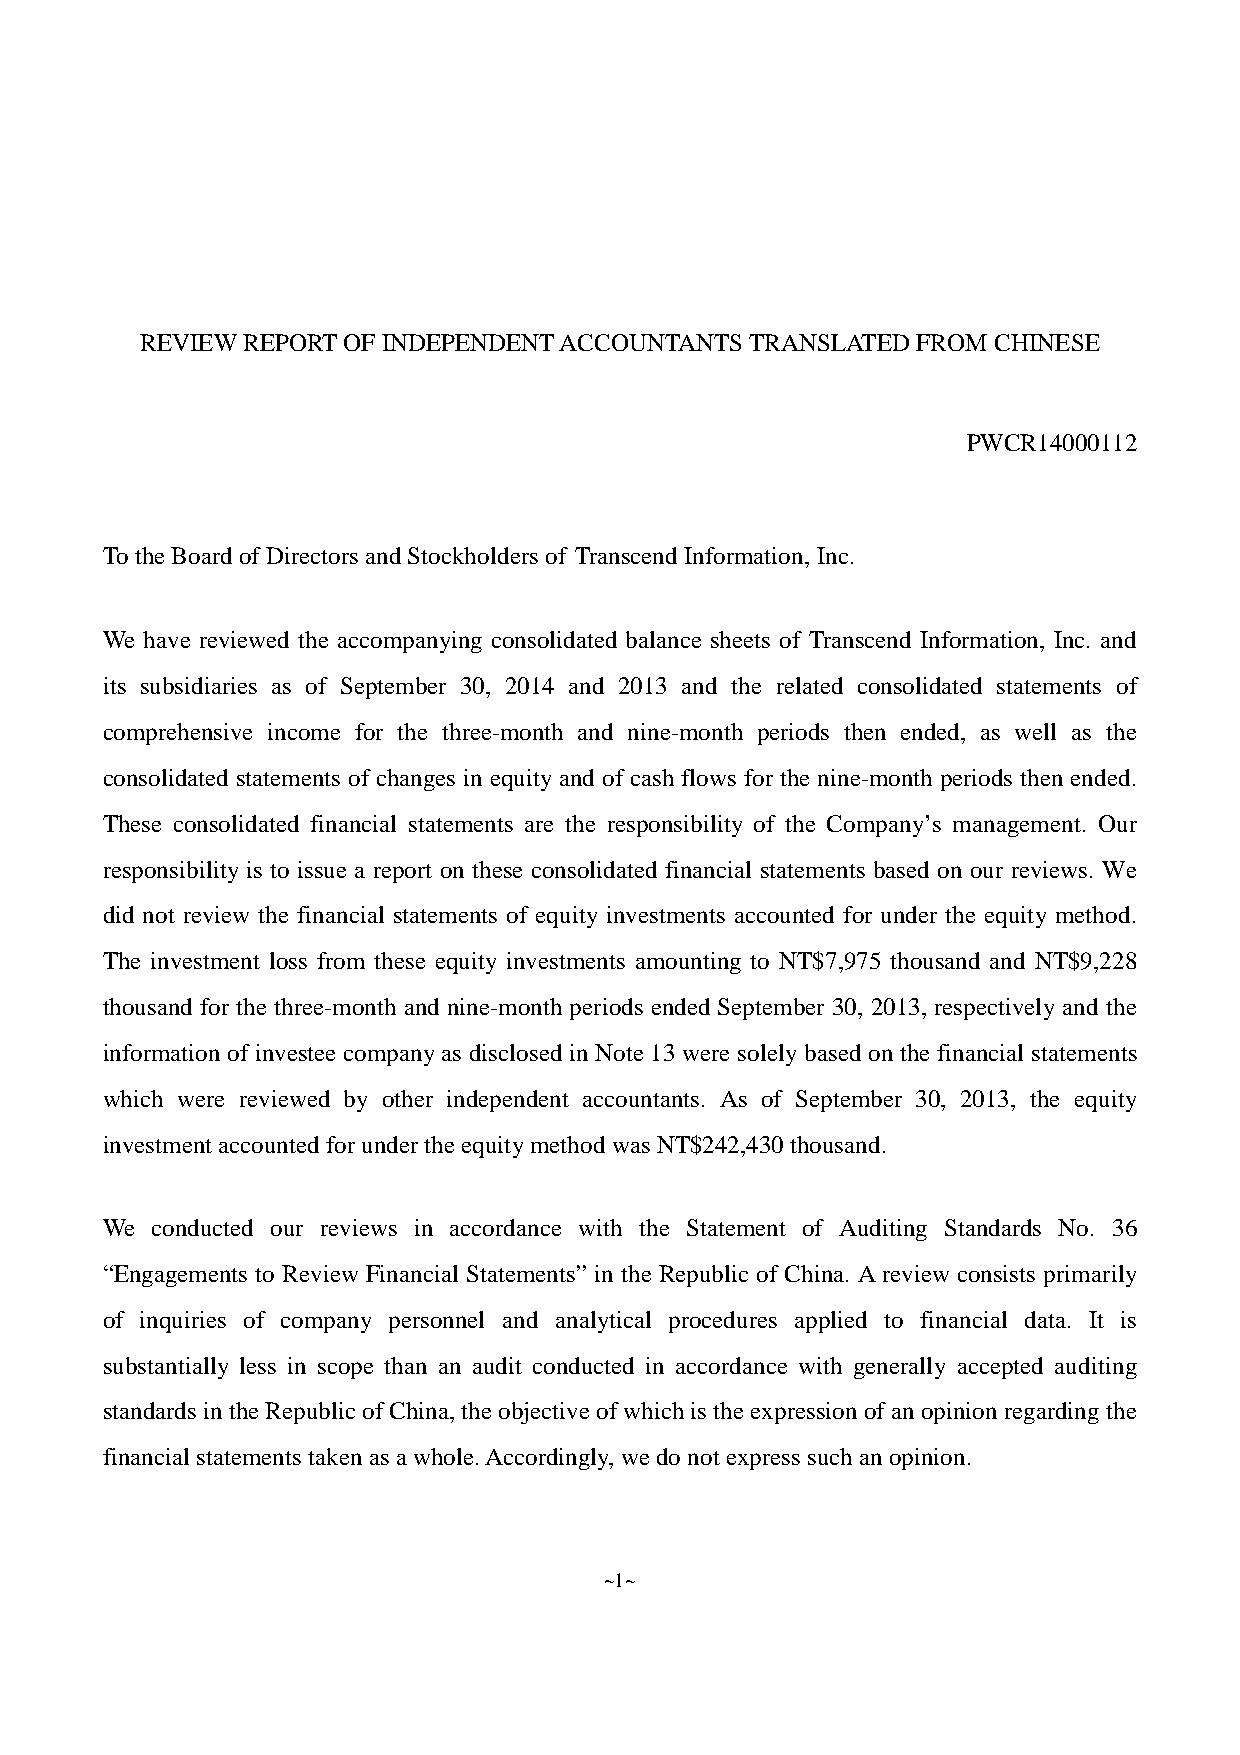
REVIEWREPORTOF  INDEPENDENTACCOUNTANTSTRANSLATEDFROM     CHINESE
 PWCR14000112
 To theBoardofDirectors andStockholders of Transcend Information, Inc.
 We have reviewed the accompanying consolidated balance sheets of Transcend Information, Inc. and
 its subsidiaries as of September 30, 2014 and 2013 and the related consolidated statements of
 comprehensive income for the three-month and nine-month periods then ended, as well as the
 consolidated statements of changes in equity and of cash flows for the nine-month periods then ended.
 These consolidated financial statements are the responsibility of the Company’s management. Our
 responsibility is to issue a report on these consolidated financial statements based on our reviews. We
 did not review the financial statements of equity investments accounted for under the equity method.
 The investment loss from these equity investments amounting to NT$7,975 thousand and NT$9,228
 thousand for the three-month and nine-month periods ended September 30, 2013, respectively and the
 information of investee companyas disclosed in Note 13 were solelybased on the financial statements
 which were reviewed by other independent accountants. As of September 30, 2013, the equity
 investment accounted for undertheequitymethod was NT$242,430thousand.
 We conducted our reviews in accordance with the Statement of Auditing Standards No. 36
 “Engagements to Review Financial Statements” in the Republic of China. Areview consists primarily
 of inquiries of company personnel and analytical procedures applied to financial data. It is
 substantially less in scope than an audit conducted in accordance with generally accepted auditing
 standards intheRepublic ofChina,theobjectiveofwhichis theexpression ofanopinionregardingthe
 financial statements takenas awhole.Accordingly, wedonot express such anopinion.
 ~1~